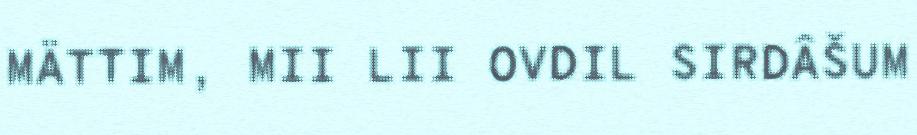
MÄTTIM, MII LII OVDIL SIRDÂŠUM